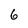
Character: 6